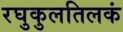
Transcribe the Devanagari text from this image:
रघुकुलतिलकं